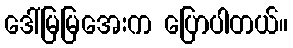
ဒေါ်မြမြအေးက ပြောပါတယ်။